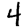
Digit: 4